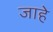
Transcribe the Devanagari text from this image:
जाहे